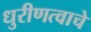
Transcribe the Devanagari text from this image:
धुरीणत्वाचे